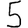
Digit: 5